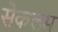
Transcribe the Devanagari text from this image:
सेकलम